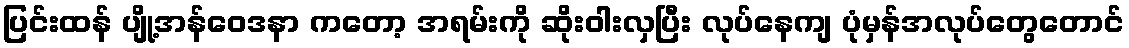
ပြင်းထန် ပျို့အန်ဝေဒနာ ကတော့ အရမ်းကို ဆိုးဝါးလှပြီး လုပ်နေကျ ပုံမှန်အလုပ်တွေတောင်